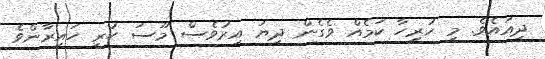
ދިއައެވެ. މި ހުރިހާ ކަމެއް ވެގެން ދިޔަ އިރުވެސް މޫސަ ހުރީ ހައިރާންވެ